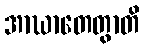
အာဃာတေတွာတိ